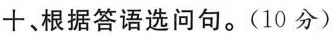
十、根据答语选问句.(10分)